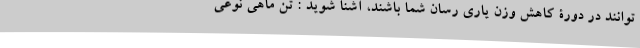
توانند در دورۀ کاهش وزن یاری رسان شما باشند، آشنا شوید : تن ماهی نوعی